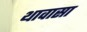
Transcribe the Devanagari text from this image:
थावासा